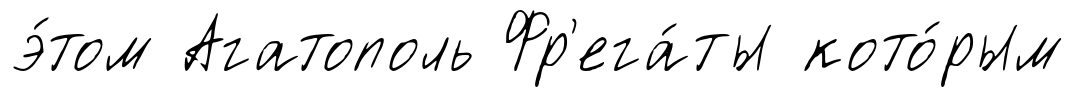
э́том Агатополь Фр'ега́ты кото́рым